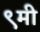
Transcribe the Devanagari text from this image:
९मी